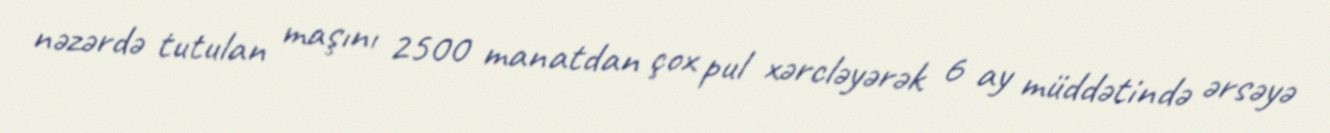
nəzərdə tutulan maşını 2500 manatdan çox pul xərcləyərək 6 ay müddətində ərsəyə